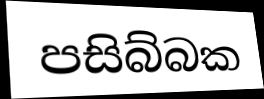
පසිබ්බක